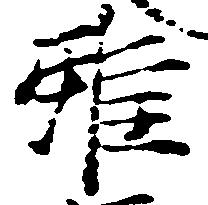
雖